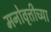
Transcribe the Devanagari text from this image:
मनोवृत्तीच्या